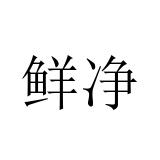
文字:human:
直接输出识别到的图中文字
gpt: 鲜净